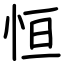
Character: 恒